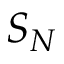
S _ { N }